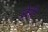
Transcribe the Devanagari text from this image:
छेरी